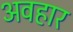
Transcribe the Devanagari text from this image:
अवहार